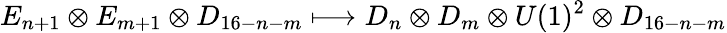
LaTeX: E_{n+1}\otimes E_{m+1}\otimes D_{16-n-m}\longmapsto D_{n}\otimes D_{m}\otimes U(1)^{2}\otimes D_{16-n-m}